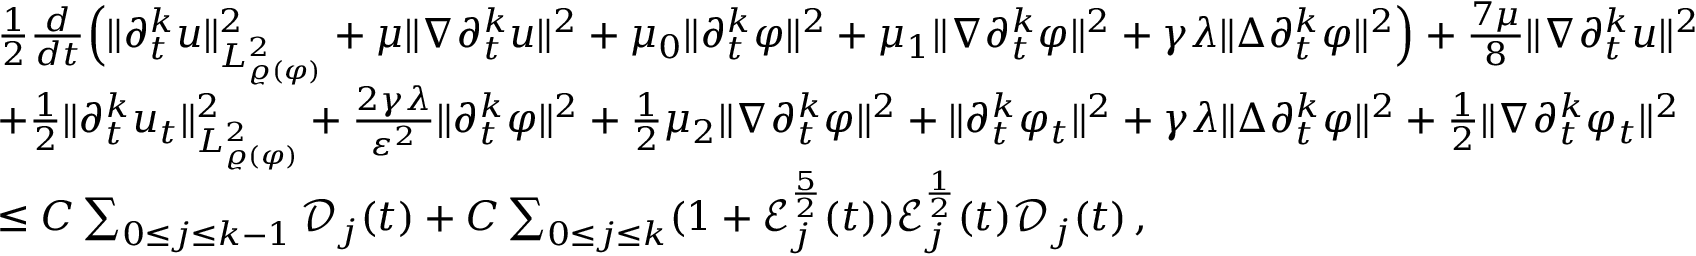
\begin{array} { r l } & { \frac { 1 } { 2 } \frac { d } { d t } \Big ( \| \partial _ { t } ^ { k } u \| _ { L _ { \varrho ( \varphi ) } ^ { 2 } } ^ { 2 } + \mu \| \nabla \partial _ { t } ^ { k } u \| ^ { 2 } + \mu _ { 0 } \| \partial _ { t } ^ { k } \varphi \| ^ { 2 } + \mu _ { 1 } \| \nabla \partial _ { t } ^ { k } \varphi \| ^ { 2 } + \gamma \lambda \| \Delta \partial _ { t } ^ { k } \varphi \| ^ { 2 } \Big ) + \frac { 7 \mu } { 8 } \| \nabla \partial _ { t } ^ { k } u \| ^ { 2 } } \\ & { + \frac { 1 } { 2 } \| \partial _ { t } ^ { k } u _ { t } \| _ { L _ { \varrho ( \varphi ) } ^ { 2 } } ^ { 2 } + \frac { 2 \gamma \lambda } { \varepsilon ^ { 2 } } \| \partial _ { t } ^ { k } \varphi \| ^ { 2 } + \frac { 1 } { 2 } \mu _ { 2 } \| \nabla \partial _ { t } ^ { k } \varphi \| ^ { 2 } + \| \partial _ { t } ^ { k } \varphi _ { t } \| ^ { 2 } + \gamma \lambda \| \Delta \partial _ { t } ^ { k } \varphi \| ^ { 2 } + \frac { 1 } { 2 } \| \nabla \partial _ { t } ^ { k } \varphi _ { t } \| ^ { 2 } } \\ & { \leq C \sum _ { 0 \leq j \leq k - 1 } \mathcal { D } _ { j } ( t ) + C \sum _ { 0 \leq j \leq k } ( 1 + \mathcal { E } _ { j } ^ { \frac { 5 } { 2 } } ( t ) ) \mathcal { E } _ { j } ^ { \frac { 1 } { 2 } } ( t ) \mathcal { D } _ { j } ( t ) \, , } \end{array}